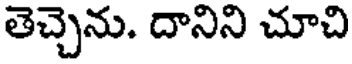
తెచ్చెను. దానిని చూచి